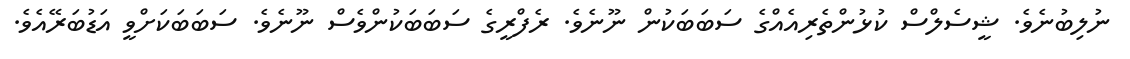
ނުލިބުނެވެ. ޝީސެލްސް ކުޅުންތެރިއެއްގެ ސަބަބަކުން ނޫނެވެ. ރެފްރީގެ ސަބަބަކުންވެސް ނޫނެވެ. ސަބަބަކަށްވީ އަޑުބަރޭއެވެ.